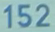
152